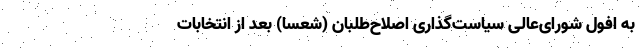
به افول شورای‌عالی سیاست‌گذاری اصلاح‌طلبان (شعسا) بعد از انتخابات